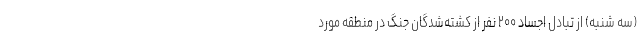
(سه شنبه) از تبادل اجساد ۲۰۰ نفر از کشته‌شدگان جنگ در منطقه مورد